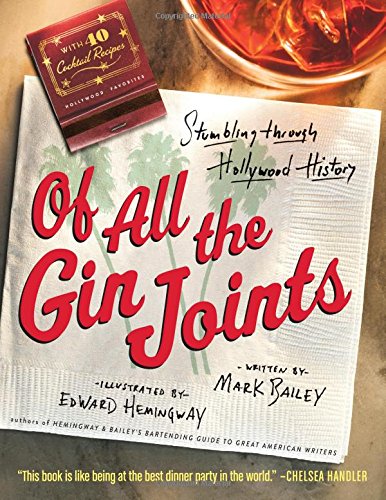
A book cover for Of All the Gin Joints: Stumbling through Hollywood History; Mark Bailey; Cookbooks, Food & Wine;